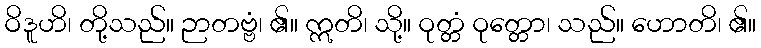
ဝိဒူဟိ၊ တို့သည်။ ဉာတဗ္ဗံ၊ ၏။ ဣတိ၊ သို့။ ဝုတ္တံ ဝုတ္တော၊ သည်။ ဟောတိ၊ ၏။